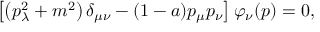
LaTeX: \left[ \left( p _ { \lambda } ^ { 2 } + m ^ { 2 } \right) \delta _ { \mu \nu } - ( 1 - a ) p _ { \mu } p _ { \nu } \right] \varphi _ { \nu } ( p ) = 0 ,